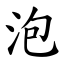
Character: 泡